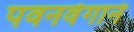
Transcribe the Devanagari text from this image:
पवनवेगाने